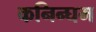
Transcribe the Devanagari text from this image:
कनिन्घम